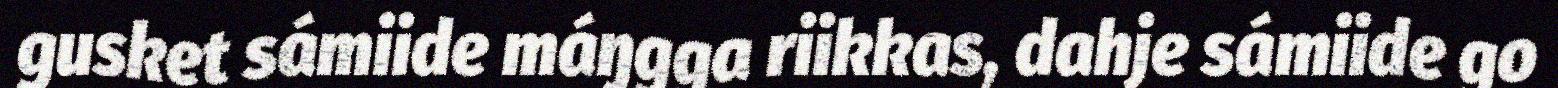
gusket sámiide máŋgga riikkas, dahje sámiide go